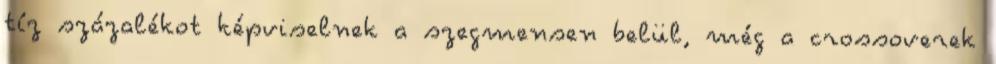
tíz százalékot képviselnek a szegmensen belül, még a crossoverek